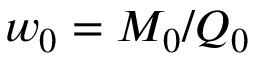
w _ { 0 } = M _ { 0 } / Q _ { 0 }